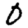
Digit: 0